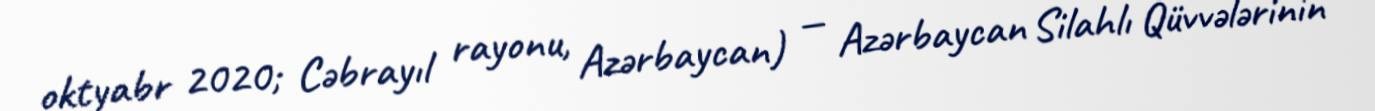
oktyabr 2020; Cəbrayıl rayonu, Azərbaycan) — Azərbaycan Silahlı Qüvvələrinin